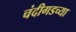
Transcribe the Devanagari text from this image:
चंदीगडच्या